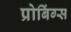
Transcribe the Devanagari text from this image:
प्रोबिंग्स